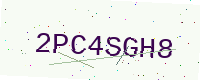
Text: 2PC4SGH8